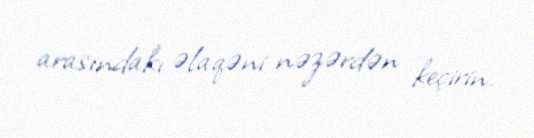
arasındakı əlaqəni nəzərdən keçirin.